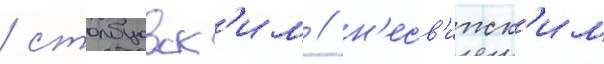
/ столбцовск'им / н'есв'ижск'им